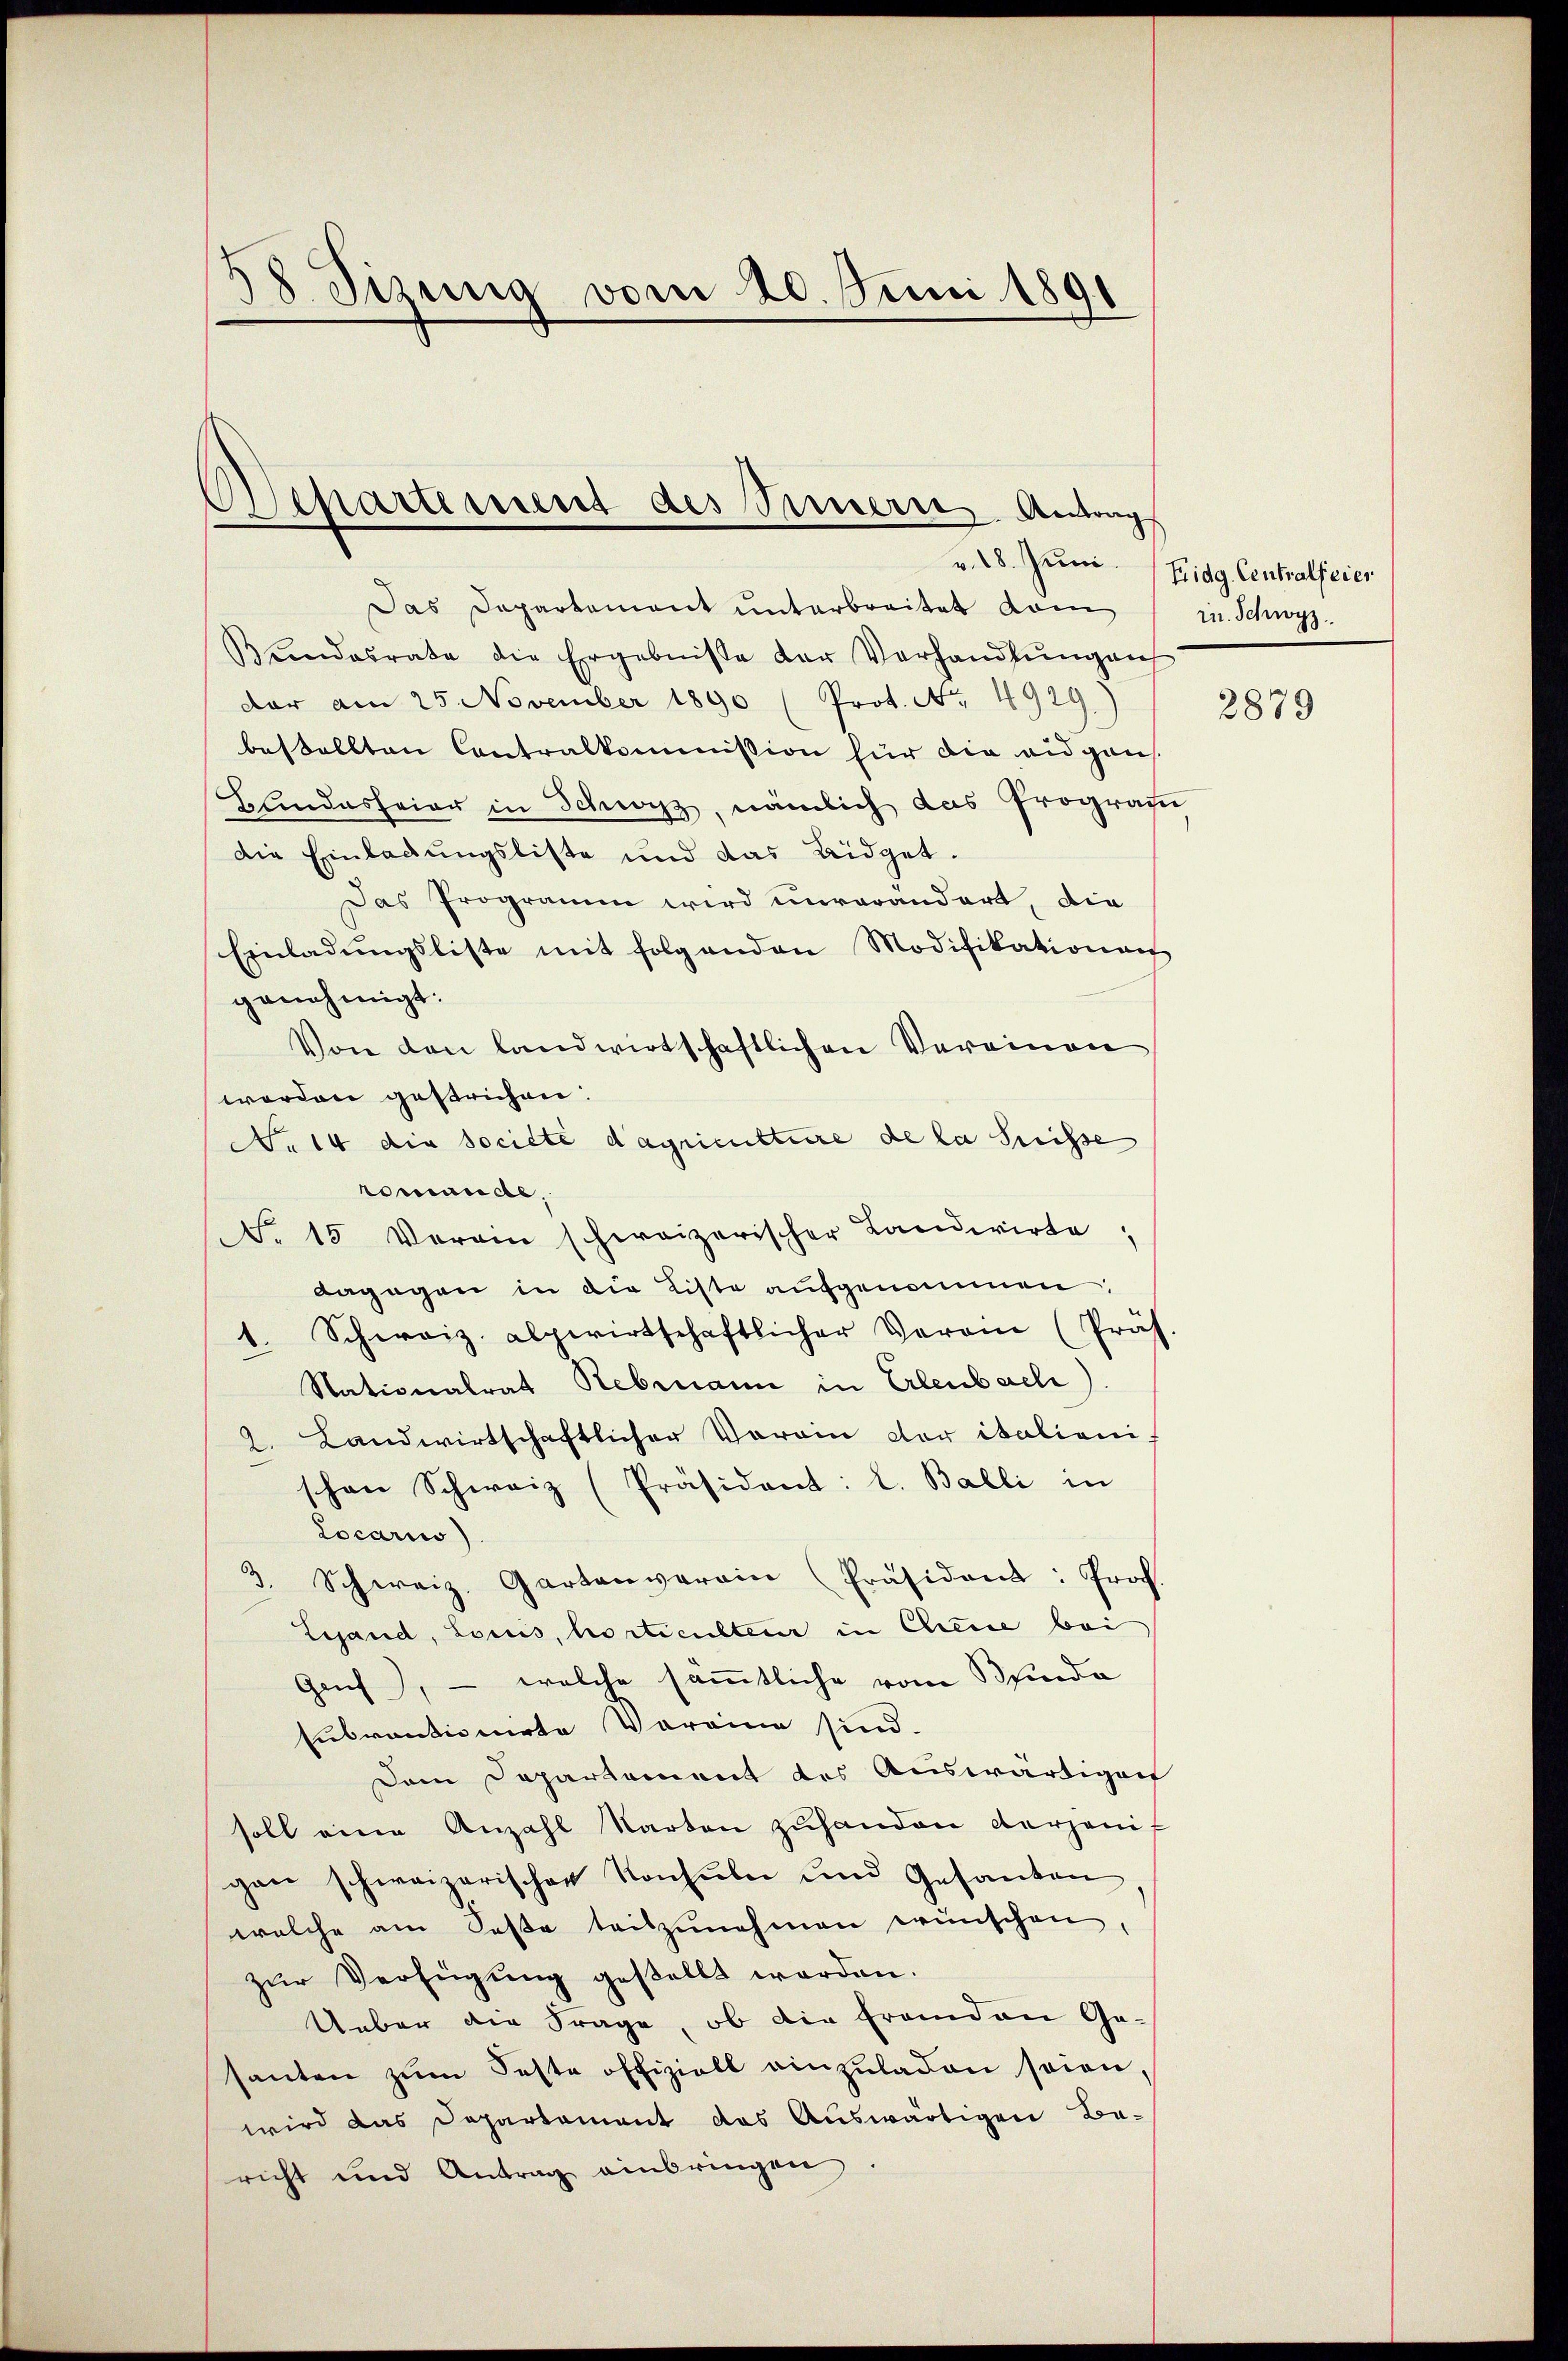
38 Sizung vom 20. Juni 1891

Separtement des Innern Antrag

Das Departement ŭnterbreitet vom in Schwyz.
Bŭndesrate die Ergebnisse der Verhandlŭngen
dar am 25. November 1890 (Prot. No. 4929)
bestellten Contralkommission für die eidgans.
Blindesfeier in Schwyz, nämlich das Program
die Einladungsliste und das Eidget¬
Das Programm wird unverändert, die
Einladŭngsliste mit folgenden Modifikationen
genehmigt.
Von den landwirtschaftlichen Vereinen
worden gestrichen:
No 14 die Societe dagriculture de la Suisse
romande,
NNo. 15 Verein schweizerischer Landwirte
dagegen in die Liste aufgenommen
1. Schweiz. alpwirtschaftlicher Veran (Präf
Nationalrat Rebruann in Erlenbach).
2. Landwirtschaftlicher Verain der italienischon Schweiz (Präsident: L. Balli in
Locarii)
3. Schweiz. Gartenverain Präsident: Prof.
Lesand, Locus, hortiensteuer in Chiese bei
Genf), - welche sämmtliche vom Blinde
Eubractionirte Vereine sind.
Dem Departement des Auswärtigen
soll eine Anzahl Karten zŭ handen derjenigan schweizerischen Konsuln und Gesanten
welche am Seße teilzunehmen wünschen,
zŭr Verfügung gestellt werden.
Ueber die Frage, ob die Franden Ge-
santen zŭm Feste offiziell einzŭladen seien,
wird das Departament das Auswärtigen Ba-
richt und Antrag einbringen

v. 28. Juni. Eidg. Centralfeier

2879